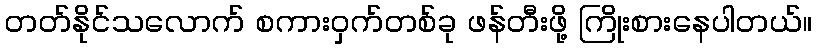
တတ်နိုင်သလောက် စကားဝှက်တစ်ခု ဖန်တီးဖို့ ကြိုးစားနေပါတယ်။